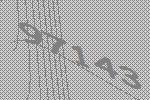
97143